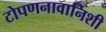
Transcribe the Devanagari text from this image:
टोपणनावानिशी